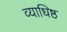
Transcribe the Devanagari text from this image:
व्याधिष्ठ